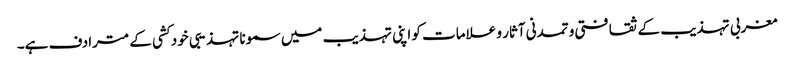
مغربی تہذیب کے ثقافتی و تمدنی آثار و علامات کو اپنی تہذیب میں سمونا تہذیبی خود کشی کے مترادف ہے۔